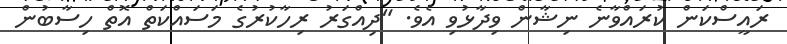
ރައީސްކަން ކުރައްވާނެ ނިޝާން ވިދާޅުވި އެވެ. "ދިއްގަރު ރިހާކުރުގެ މަސައްކަތް އޮތް ހިސާބުން